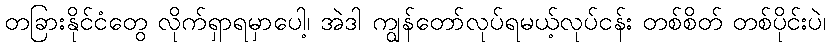
တခြားနိုင်ငံတွေ လိုက်ရှာရမှာပေါ့၊ အဲဒါ ကျွန်တော်လုပ်ရမယ့်လုပ်ငန်း တစ်စိတ် တစ်ပိုင်းပဲ၊